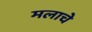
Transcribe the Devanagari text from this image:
मलाचे